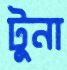
টুনা